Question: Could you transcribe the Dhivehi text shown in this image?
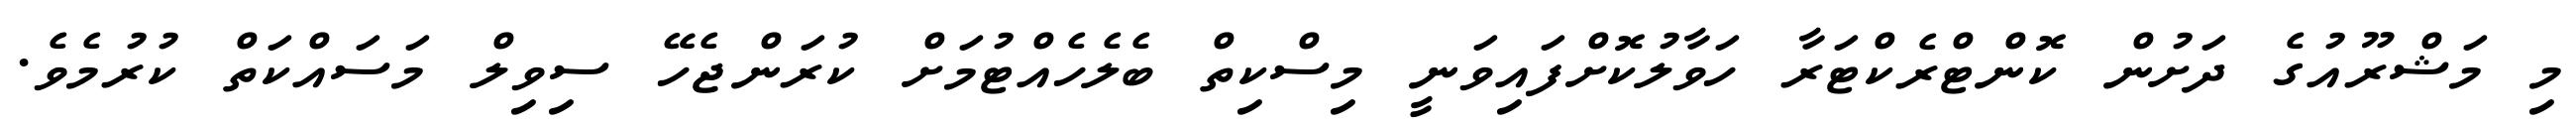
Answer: މި މަޝްރޫއުގެ ދަށުން ކޮންޓްރެކްޓަރާ ހަވާލުކޮށްފައިވަނީ މިސްކިތް ބެލެހެއްޓުމަށް ކުރަންޖެހޭ ސިވިލް މަސައްކަތް ކުރުމެވެ.